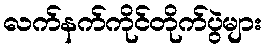
လက်နက်ကိုင်တိုက်ပွဲများ